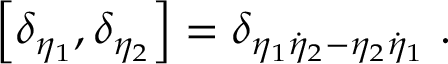
\left[ \delta _ { \eta _ { 1 } } , \delta _ { \eta _ { 2 } } \right] = \delta _ { \eta _ { 1 } \dot { \eta } _ { 2 } - \eta _ { 2 } \dot { \eta } _ { 1 } } \ .